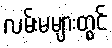
လမ်းမများတွင်